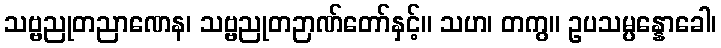
သဗ္ဗညုတညာဏေန၊ သဗ္ဗညုတဉာဏ်တော်နှင့်။ သဟ၊ တကွ။ ဥပသမ္ပန္နောခေါ၊